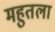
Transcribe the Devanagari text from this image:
महुतला